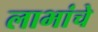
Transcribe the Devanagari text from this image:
लाभांचे